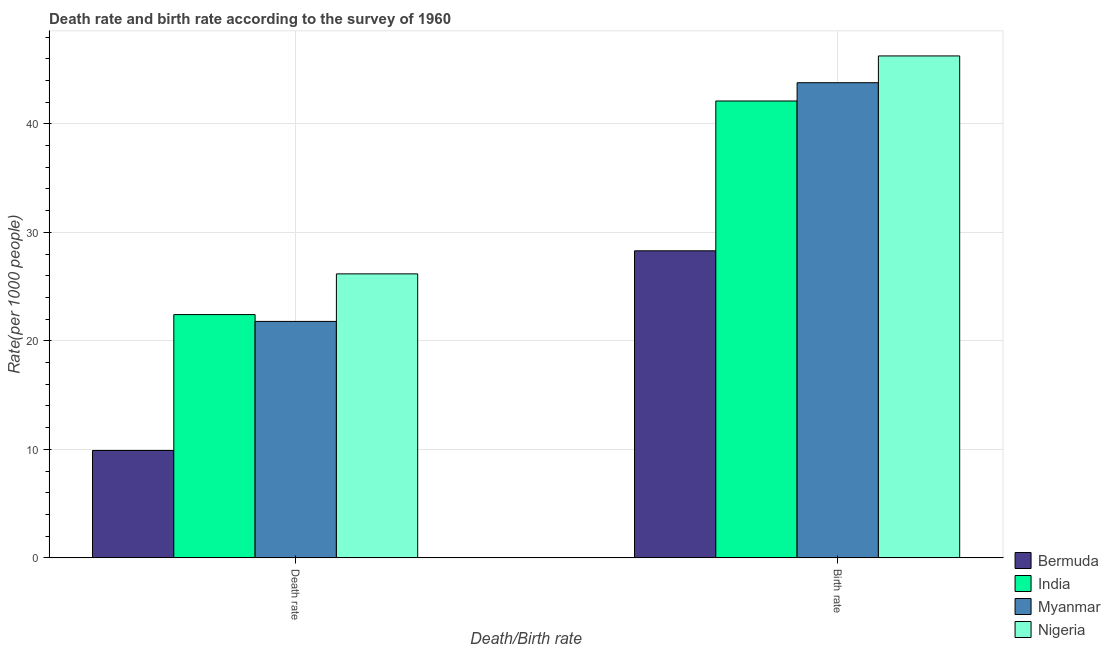
| Death/Birth rate | Bermuda | India | Myanmar | Nigeria |
 | --- | --- | --- | --- | --- |
 | Death rate | 9.9 | 22.4 | 21.8 | 26.2 |
 | Birth rate | 28.3 | 42.1 | 43.8 | 46.3 |